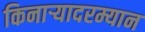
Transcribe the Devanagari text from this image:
किनाऱ्यादरम्यान